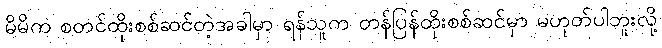
မိမိက စတင်ထိုးစစ်ဆင်တဲ့အခါမှာ ရန်သူက တန်ပြန်ထိုးစစ်ဆင်မှာ မဟုတ်ပါဘူးလို့